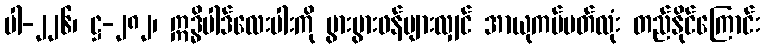
ပါ-၂၂၆၊ ဋ္ဌ-၂၈၂၊ ဣဒ္ဓိပါဒ်လေးပါးကို ပွားပွားဖန်များလျှင် အာယုကပ်ပတ်လုံး တည်နိုင်ကြောင်း